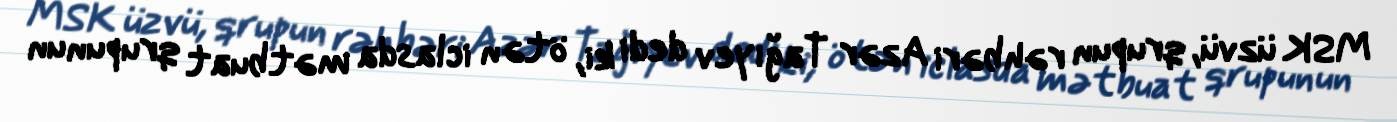
MSK üzvü, qrupun rəhbəri Azər Tağıyev dedi ki, ötən iclasda mətbuat qrupunun